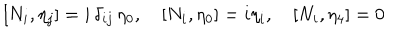
[ N _ { i } , \eta _ { j } ] = i \, \delta _ { i j } \, \eta _ { 0 } , \quad [ N _ { i } , \eta _ { 0 } ] = i \eta _ { i } , \quad [ N _ { i } , \eta _ { 4 } ] = 0